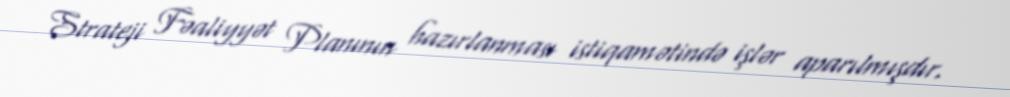
Strateji Fəaliyyət Planının hazırlanması istiqamətində işlər aparılmışdır.